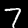
Label: 7